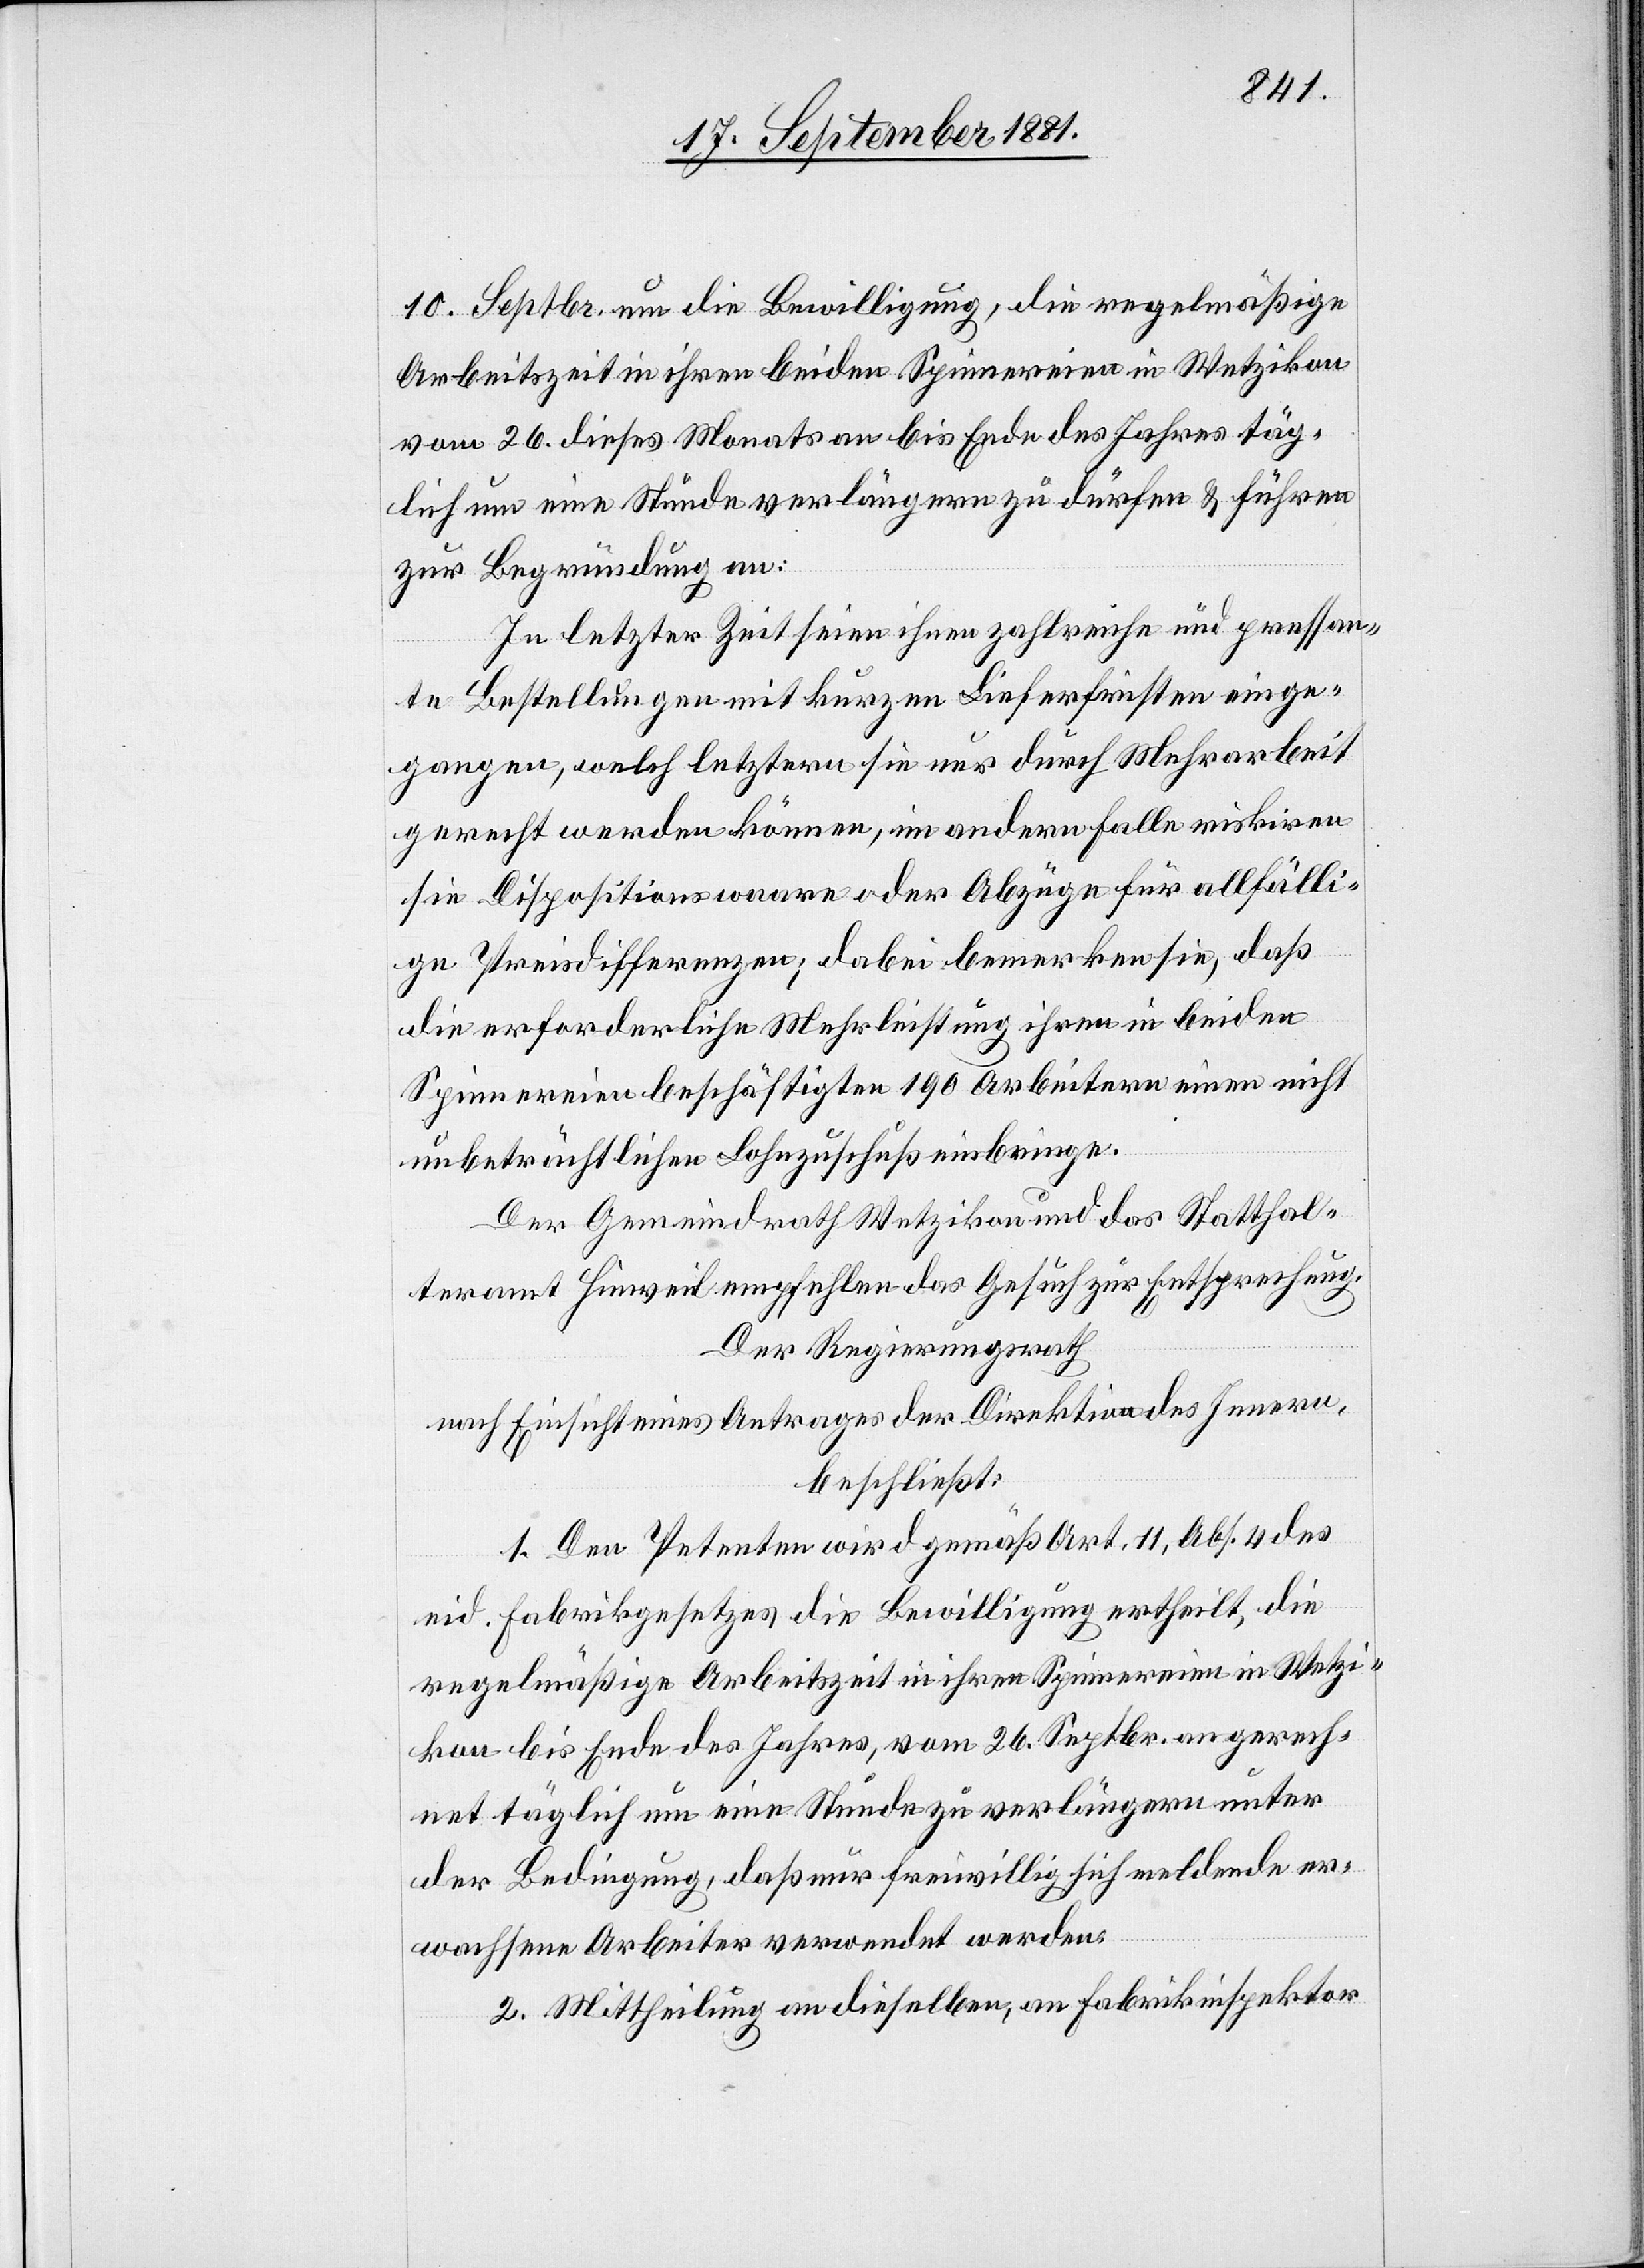
10. Septbr. um die Bewilligung, die regelmäßige
Arbeitszeit in ihren beiden Spinnereien in Wetzikon
vom 26. dieses Monats an bis Ende des Jahres täg¬
lich um eine Stunde verlängern zu dürfen & führen
zur Begründung an:
In letzter Zeit seien ihnen zahlreiche und pressan¬
te Bestellungen mit kurzen Lieferfristen einge¬
gangen, welch letztern sie nur durch Mehrarbeit
gerecht werden können, im andern Falle riskiren
sie Dispositionswaare oder Abzüge für allfälli¬
ge Preisdifferenzen; dabei bemerken sie, daß
die erforderliche Mehrleistung ihren in beiden
Spinnereien beschäftigten 190 Arbeitern einen nicht
unbeträchtlichen Lohnzuschuß einbringe.
Der Gemeindrath Wetzikon und das Statthal¬
teramt Hinweil empfehlen das Gesuch zur Entsprechung.
Der Regierungsrath
nach Einsicht eines Antrages der Direktion des Innern,
beschließt:
1. Den Petenten wird gemäß Art. 11, Abs. 4 des
eid. Fabrikgesetzes die Bewilligung ertheilt, die
regelmäßige Arbeitszeit in ihren Spinnereien in Wetzi¬
kon bis Ende des Jahres, vom 26. Septbr. an gerech¬
net täglich um eine Stunde zu verlängern unter
der Bedingung, daß nur freiwillig sich meldende er¬
wachsene Arbeiter verwendet werden.
2. Mittheilung an dieselben, an Fabrikinspektor